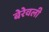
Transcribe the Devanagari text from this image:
बेरेवली